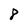
Character: 8